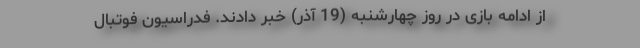
از ادامه بازی در روز چهارشنبه (19 آذر) خبر دادند. فدراسیون فوتبال